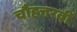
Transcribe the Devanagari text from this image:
चौहत्तरवीं